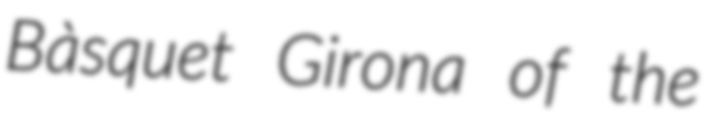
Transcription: Bàsquet Girona of the